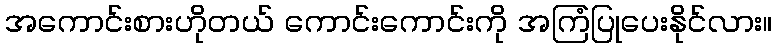
အကောင်းစားဟိုတယ် ကောင်းကောင်းကို အကြံပြုပေးနိုင်လား။